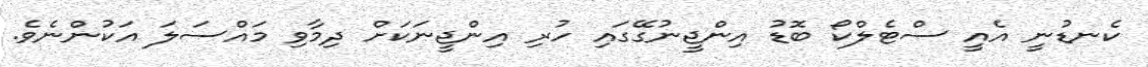
ކެނޑުނީ އެއީ ސްޓެލްކޯ ބޮޑު އިންޖީނުގޭގައި ހުރި އިންޖީނަކަށް ދިމާވި މައްސަލަ އަކުންނެވެ.